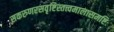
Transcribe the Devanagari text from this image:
सकरुणरसवृष्टिस्तत्त्वमालासमष्टिः